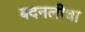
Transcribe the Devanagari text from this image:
बदनलीचा